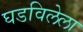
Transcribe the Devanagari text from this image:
घडविलेला